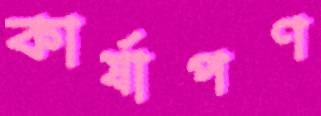
কার্ষাপণ